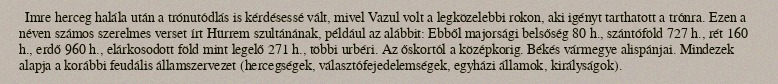
Imre herceg halála után a trónutódlás is kérdésessé vált, mivel Vazul volt a legközelebbi rokon, aki igényt tarthatott a trónra. Ezen a néven számos szerelmes verset írt Hürrem szultánának, például az alábbit: Ebből majorsági belsőség 80 h., szántóföld 727 h., rét 160 h., erdő 960 h., elárkosodott föld mint legelő 271 h., többi urbéri. Az őskortól a középkorig. Békés vármegye alispánjai. Mindezek alapja a korábbi feudális államszervezet (hercegségek, választófejedelemségek, egyházi államok, királyságok).